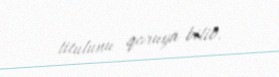
titulunu qoruya bilib.